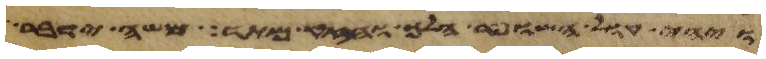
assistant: ויהי קול השופר הלך וחזק מאד משה ידבר